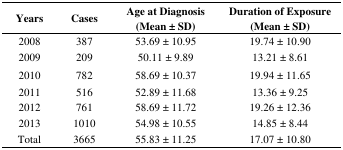
<table><thead><tr><td><b>Years </b></td><td><b>Cases </b></td><td><b>Age at Diagnosis (Mean ± SD)</b></td><td><b>Duration of Exposure (Mean ± SD)</b></td></tr></thead><tbody><tr><td>2008</td><td>387</td><td>53.69 ± 10.95</td><td>19.74 ± 10.90</td></tr><tr><td>2009</td><td>209</td><td>50.11 ± 9.89</td><td>13.21 ± 8.61</td></tr><tr><td>2010</td><td>782</td><td>58.69 ± 10.37</td><td>19.94 ± 11.65</td></tr><tr><td>2011</td><td>516</td><td>52.89 ± 11.68</td><td>13.36 ± 9.25</td></tr><tr><td>2012</td><td>761</td><td>58.69 ± 11.72</td><td>19.26 ± 12.36</td></tr><tr><td>2013</td><td>1010</td><td>54.98 ± 10.55</td><td>14.85 ± 8.44</td></tr><tr><td>Total </td><td>3665</td><td>55.83 ± 11.25</td><td>17.07 ± 10.80</td></tr></tbody></table>